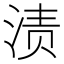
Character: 渍